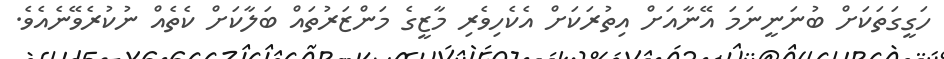
ހަގީގަތަކަށް ބުނަނީނަމަ އޭނާއަށް އިތުރަކަށް އެކެހިވެރި މާޒީގެ މަންޒަރުތައް ބަލާކަށް ކެތެއް ނުކުރެވޭނެއެވެ.